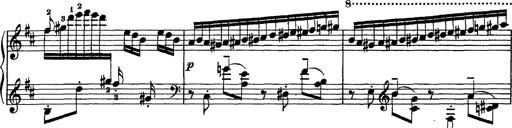
Title: Piano Sonata
Composer: Karl HÃ¤ssler
Key: C major